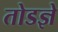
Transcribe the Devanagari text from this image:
तोडज्ञे